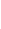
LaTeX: \! \! \! \! \! \! \! \! \! \! \! \varepsilon\! \! \! \! \! \! \! \! \! \! \! \! ^{\! }\! \! \! \! \! \! \! \! \! \! \! *\! \! \! \! \! \! \! \! \! \! \! \! \in\! \! \! \! \! \! \! \! \! \! \! \! (\! \! \! \! \! \! \! \! \! \! \! \! 0\! \! \! \! \! \! \! \! \! \! \! \! ,\! \! \! \! \! \! \! \! \! \! \! \! \bar{\! }\! \! \! \! \! \! \! \! \! \! \! \! \! \! \! \! \! \! \! \! \! \! \! \varepsilon\! \! \! \! \! \! \! \! \! \! \! \! ]\! \! \! \! \! \! \! \! \! \! \!